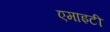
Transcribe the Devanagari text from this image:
एमाइटी